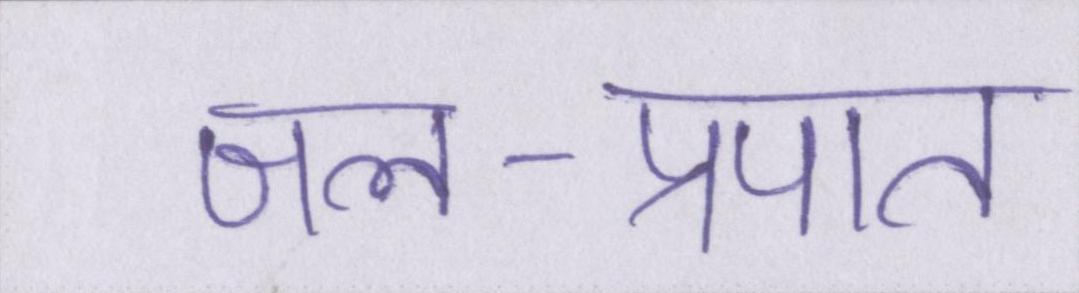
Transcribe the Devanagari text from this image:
जल-प्रपात